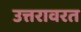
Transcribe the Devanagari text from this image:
उत्तरावरत